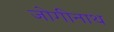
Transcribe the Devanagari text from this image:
जोगीनाथ